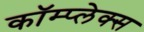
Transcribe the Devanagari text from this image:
कॉम्‍प्‍लेक्‍स